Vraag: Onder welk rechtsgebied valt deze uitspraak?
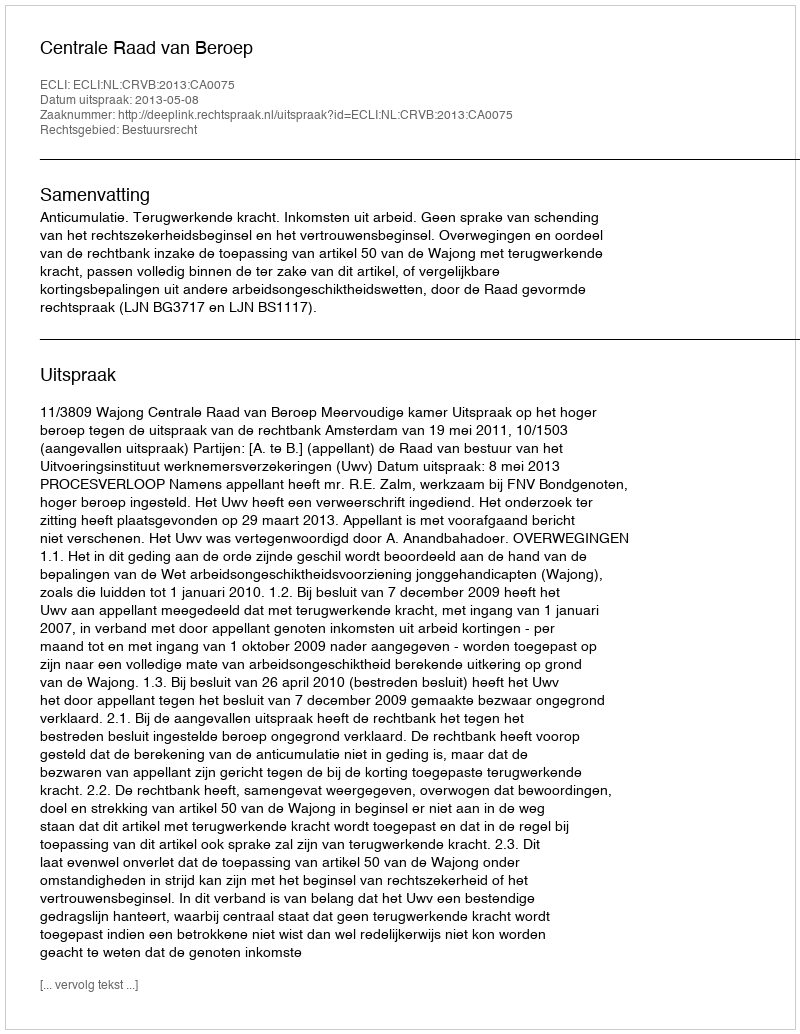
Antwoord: Bestuursrecht